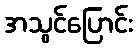
အသွင်ပြောင်း